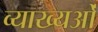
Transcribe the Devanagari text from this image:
व्याख्यओं